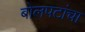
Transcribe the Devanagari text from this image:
बोलपटांचा